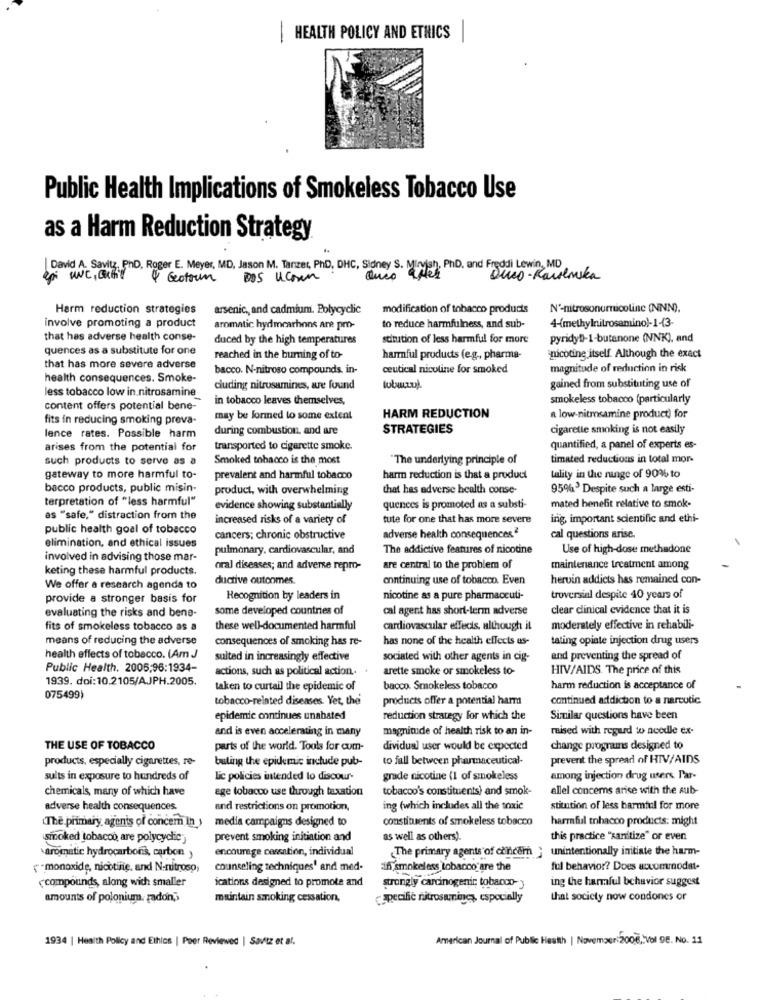
HEALTH POLICY AND ETHICS|
-
Public Health Implications of Smokeless Tobacco Use
as a Harm Reduction Strategy
David A. Savitz, PnD, Roger E. Meyer, MD, Jason M. Tanzer, PhD, DHC, Sidney S. Mirvish, PhD. and Freddi Lewin, MD
4 Gotoum
DOS Uconn
Duco- Karolinska
Harm reduction strategies
arsenic ,, and cadmium. Polycyclic
modification of tobacco products
N'-nitrosonornicoline (NNN),
4-(methylnitrosamino)-1-13-
involve promoting a product
aromatic hydmcarhons are pro-
to reduce harmfulness, and sub-
that has adverse health conse-
duced by the high temperatures
stitution of less harmful for more
pyridyll-1-butanone (NNK), and
quences as a substitute for one
reached in the burning of to-
harmful products (e.g ., pharma-
nicotine itself. Although the exact
that has more severe adverse
bacco. N-nitroso compounds, in-
ceutical nicoline for smoked
magnitude of reduction in risk
health consequences. Smoke-
cluding nitrosamines, are found
gained from substituting use of
less tobacco low in nitrosamine
in tobacco leaves themselves,
smokeless tobacco (particularly
content offers potential bene-
fits in reducing smoking preva-
may be formed to some extent
HARM REDUCTION
a low-nitrosamine product) for
during combustion, and are
STRATEGIES
cigarette smoking is not easily
lence rates. Possible harm
arises from the potential for
transported to cigarette smoke.
quantified, a panel of experts es-
such products to serve as a
Smoked tobacco is the most
"The underlying principle of
timated reductions in total mor-
gateway to more harmful to-
prevalent and harmful tobacco
harm reduction is that a product
tality in the range of 90% to
bacco products, public misin-
product, with overwhelming
that has adverse health conse-
95%3 Despite such a large esti-
terpretation of "less harmful"
evidence showing substantially
quences is promoted as a substi
mated benefit relative to smok-
as "safe," distraction from the
increased risks of a variety of
tute for one that has more severe
ing, important scientific and ethi-
public health goal of tobacco
cancers; chronic obstructive
adverse health consequences."
cal questions arise.
elimination, and ethical issues
pulmonary, cardiovascular, and
The addictive features of nicotine
Use of high-dose methadone
involved in advising those mar-
keting these harmful products.
oral diseases; and adverse repro-
are central to the problem of
maintenance treatment among
ductive outcomes.
continuing use of tobacco. Even
hervin addicts has remained con-
We offer a research agenda to
provide a stronger basis for
Recognition by leaders in
nicotine as a pure pharmaceuti-
troversial despite 40 years of
some developed countries of
cal agent has short-term adverse
clear clinical evidence that it is
evaluating the risks and bene-
fits of smokeless tobacco as a
these well-documented harmful
cardiovascular effects, although it
moderately effective in rehabili
means of reducing the adverse
consequences of smoking has re-
has none of the health effects us-
tating opiate injection drug users
health effects of tobacco. (Am J
sulted in increasingly effective
sociated with other agents in cig-
and preventing the spread of
Public Health. 2006;96:1934-
actions, such as political action ..
arette smoke or smokeless to-
HIV/AIDS. The price of this
1939. doi:10.2105/AJPH.2005.
taken to curtail the epidemic of
bacco. Smokeless tobacco
harm reduction is acceptance of
075499)
tobacco-related diseases. Yet, the
products offer a potential harm
continued addiction to a narcotic.
epidemie continues unabated
reduction strategy for which the
Similar questions have been
and is even accelerating in many
magnitude of health risk to an in-
maised with regard to needle ex-
THE USE OF TOBACCO
parts of the world. Tools for com-
dividual user would be expected
change prograins designed to
products, especially cigarettes, re-
buting the epidemic include pub-
to fall between pharmaceutical-
prevent the spread of HIV/AIDS
sults in exposure to hundreds of
lic policies intended to discour-
grade nicotine (1 of smokeless
among injection drug users Par-
chemicals, many of which have
ege tobacco use through taxation
tobacco's constituents) and smok-
allel concerns arise with the sub-
adverse health consequences.
and restrictions on promotion,
ing (which includes all the toxic
stitution of less barmful for more
The primary agents of concer In >
media campaigns designed to
constituents of smokeless tobacco
harmful tobacco products: might
smoked tobacco, are polycychic,
prevent smoking initiation and
as well as others).
this practice "sanitize" or even
encourage cessation, individual
The primary agents of coincern } unintentionally initiate the harm-
aromatic hydrocarbonis, carbon ,
"monoxide, nicotine, and N-nitrosp,
counseling techniques' and med.
if smokeless tobacco are the
ful behavior? Does accommodate
"compounds, along with smaller
ications designed to promote and
ing the harmful behavior suggest
strongly carcinogenic tobacco-
amounts of polonium. radon;)
maintain smoking cessation,
specific nitrosaminc, especially
that society now condones or
1934 | Health Policy and Ethics | Peer Reviewed | Savitz et al.
American Journal of Public Health | November 2006 ,: Vol 98. No. 11